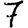
Digit: 7